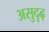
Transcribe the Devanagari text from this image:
असुदृढ़